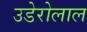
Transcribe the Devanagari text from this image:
उडेरोलाल